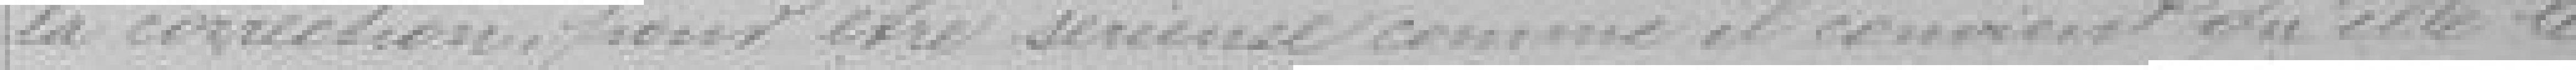
la correction peut être sérieuse comme il convient qu'elle le